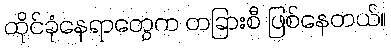
ထိုင်ခုံနေရာတွေက တခြားစီ ဖြစ်နေတယ်။